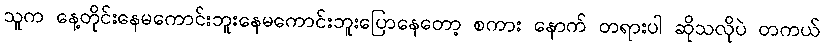
သူက နေ့တိုင်းနေမကောင်းဘူးနေမကောင်းဘူးပြောနေတော့ စကား နောက် တရားပါ ဆိုသလိုပဲ တကယ်